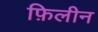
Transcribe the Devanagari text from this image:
फ़िलीन